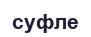
суфле